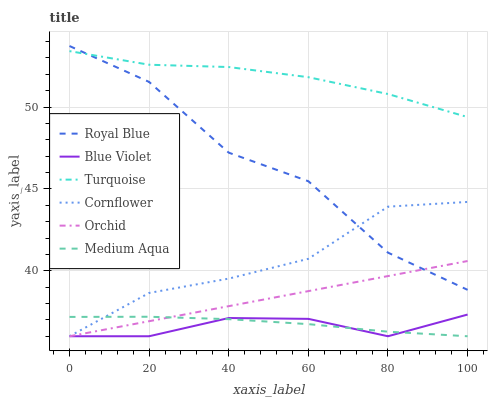
| xaxis_label | Royal Blue | Blue Violet | Turquoise | Cornflower | Orchid | Medium Aqua |
 | --- | --- | --- | --- | --- | --- | --- |
 | 0 | 53.7 | 36 | 53.4 | 36 | 36 | 37.2 |
 | 20 | 51.5 | 36 | 52.6 | 38.6 | 36.9 | 37.2 |
 | 40 | 47.2 | 37.1 | 52.4 | 39.5 | 37.8 | 37 |
 | 60 | 45.5 | 37.1 | 51.8 | 40.7 | 38.8 | 36.7 |
 | 80 | 41.1 | 36 | 50.8 | 43.9 | 39.7 | 36.3 |
 | 100 | 38.8 | 37.3 | 49.4 | 44.2 | 40.6 | 36 |